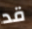
قد